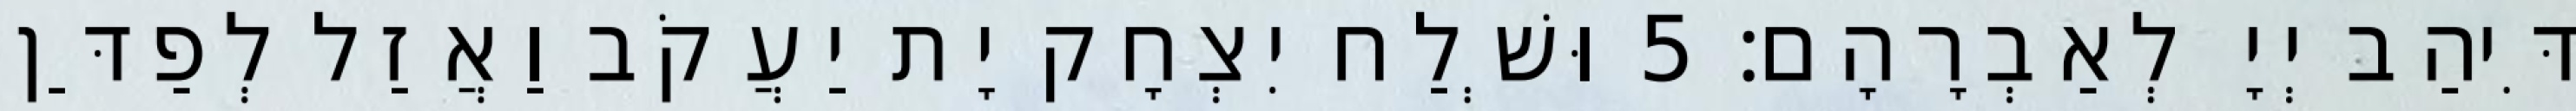
דִּיהַב יְיָ לְאַבְרָהָם׃ 5 וּשְׁלַח יִצְחָק יָת יַעֲקֹב וַאֲזַל לְפַדַּן